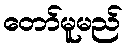
တော်မူမည်